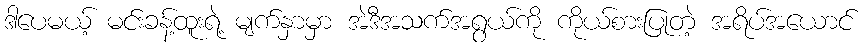
ဒါပေမယ့် မင်းခန့်ထူးရဲ့ မျက်နှာမှာ အဲဒီအသက်အရွယ်ကို ကိုယ်စားပြုတဲ့ အရိပ်အယောင်